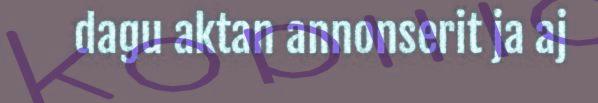
dagu aktan annonserit ja aj